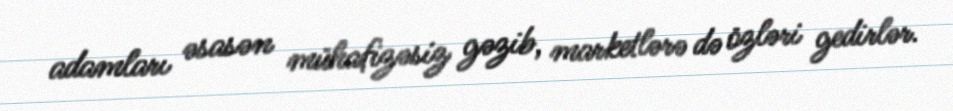
adamları əsasən mühafizəsiz gəzib, marketlərə də özləri gedirlər.